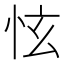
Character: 怰